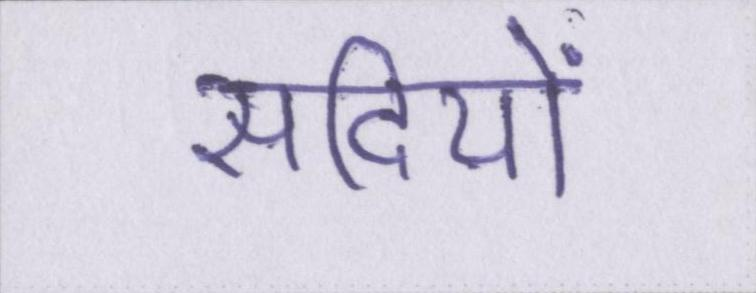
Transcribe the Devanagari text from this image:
सदियों